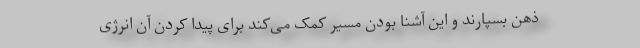
ذهن بسپارند و این آشنا بودن مسیر کمک می‌کند برای پیدا کردن آن انرژی